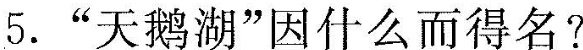
5. "天鹅湖”因什么而得名？